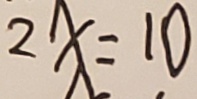
2 x = 1 0